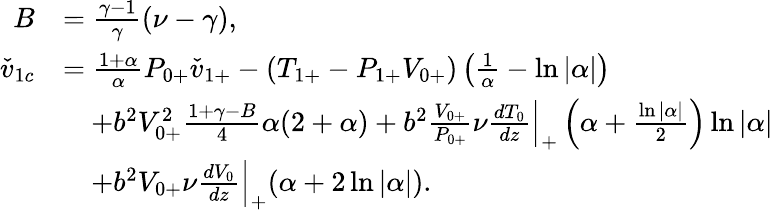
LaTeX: \begin{array}{rl}{B}&{=\frac{\gamma-1}{\gamma}(\nu-\gamma),}\\ {\check{v}_{1c}}&{=\frac{1+\alpha}{\alpha}{P}_{0+}\check{v}_{1+}-({T}_{1+}-{P}_{1+}{V}_{0+})\left(\frac{1}{\alpha}-\ln{|\alpha|}\right)}\\ &{\quad+b^{2}{V}_{0+}^{2}\frac{1+\gamma-B}{4}\alpha(2+\alpha)+b^{2}\frac{V_{0+}}{P_{0+}}\nu\frac{dT_{0}}{dz}\Big|_{+}\left(\alpha+\frac{\ln{|\alpha|}}{2}\right)\ln{|\alpha|}}\\ &{\quad+b^{2}V_{0+}\nu\frac{dV_{0}}{dz}\Big|_{+}(\alpha+2\ln{|\alpha|}).}\end{array}